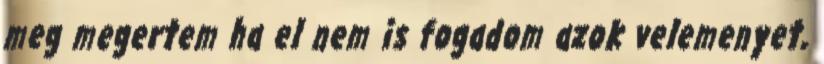
meg megertem ha el nem is fogadom azok velemenyet,